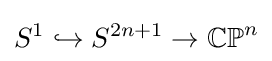
S^{1}\hookrightarrow S^{2n+1}\to \mathbb {CP} ^{n}